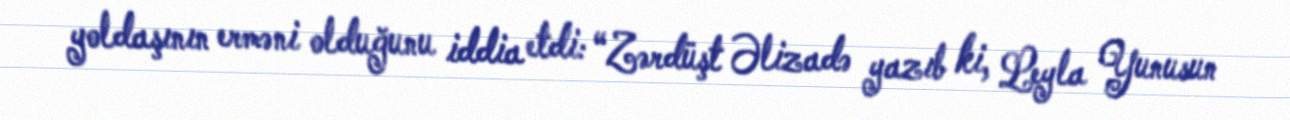
yoldaşının erməni olduğunu iddia etdi: “Zərdüşt Əlizadə yazıb ki, Leyla Yunusun